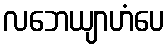
လဘေယျာဟံပေ